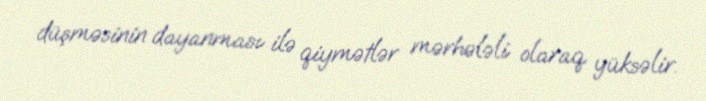
düşməsinin dayanması ilə qiymətlər mərhələli olaraq yüksəlir.